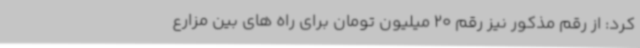
کرد: از رقم مذکور نیز رقم 20 میلیون تومان برای راه های بین مزارع